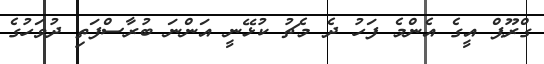
ގްރޫޕް އީގެ އެންމެ ފަހު ދެ މެޗު ކުޅޭނީ އަންނަ ބުރާސްފަތި ދުވަހުގެ